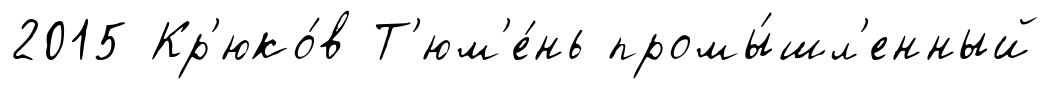
2015 Кр'юко́в Т'юм'е́нь промы́шл'енный